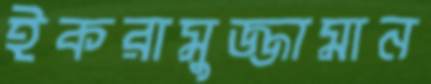
ইকরামুজ্জামান